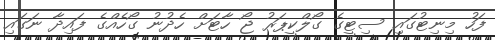
ފަހު މިނިޓުގައި ސިޓީގެ ގޯލްކީޕަރު ޖޯ ހާޓަށް ހެދުނު ގޯހެއްގެ ފައިދާ ނަގައި